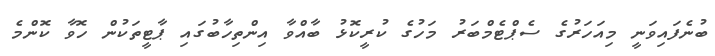
ބުނެފައިވަނީ މިއަހަރުގެ ސެޕްޓެމްބަރު މަހުގެ ކުރީކޮޅު ބާއްވާ އިންތިހާބުގައި ޕާޓީތަކުން ހޮވާ ކޮންމެ